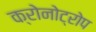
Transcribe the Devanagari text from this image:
क्रोनोट्रोप